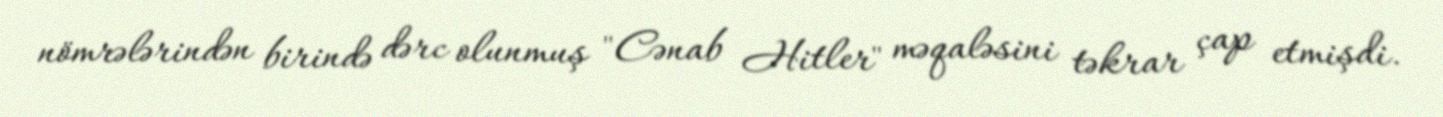
nömrələrindən birində dərc olunmuş "Cənab Hitler" məqaləsini təkrar çap etmişdi.